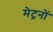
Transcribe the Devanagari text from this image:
मेट्रनों